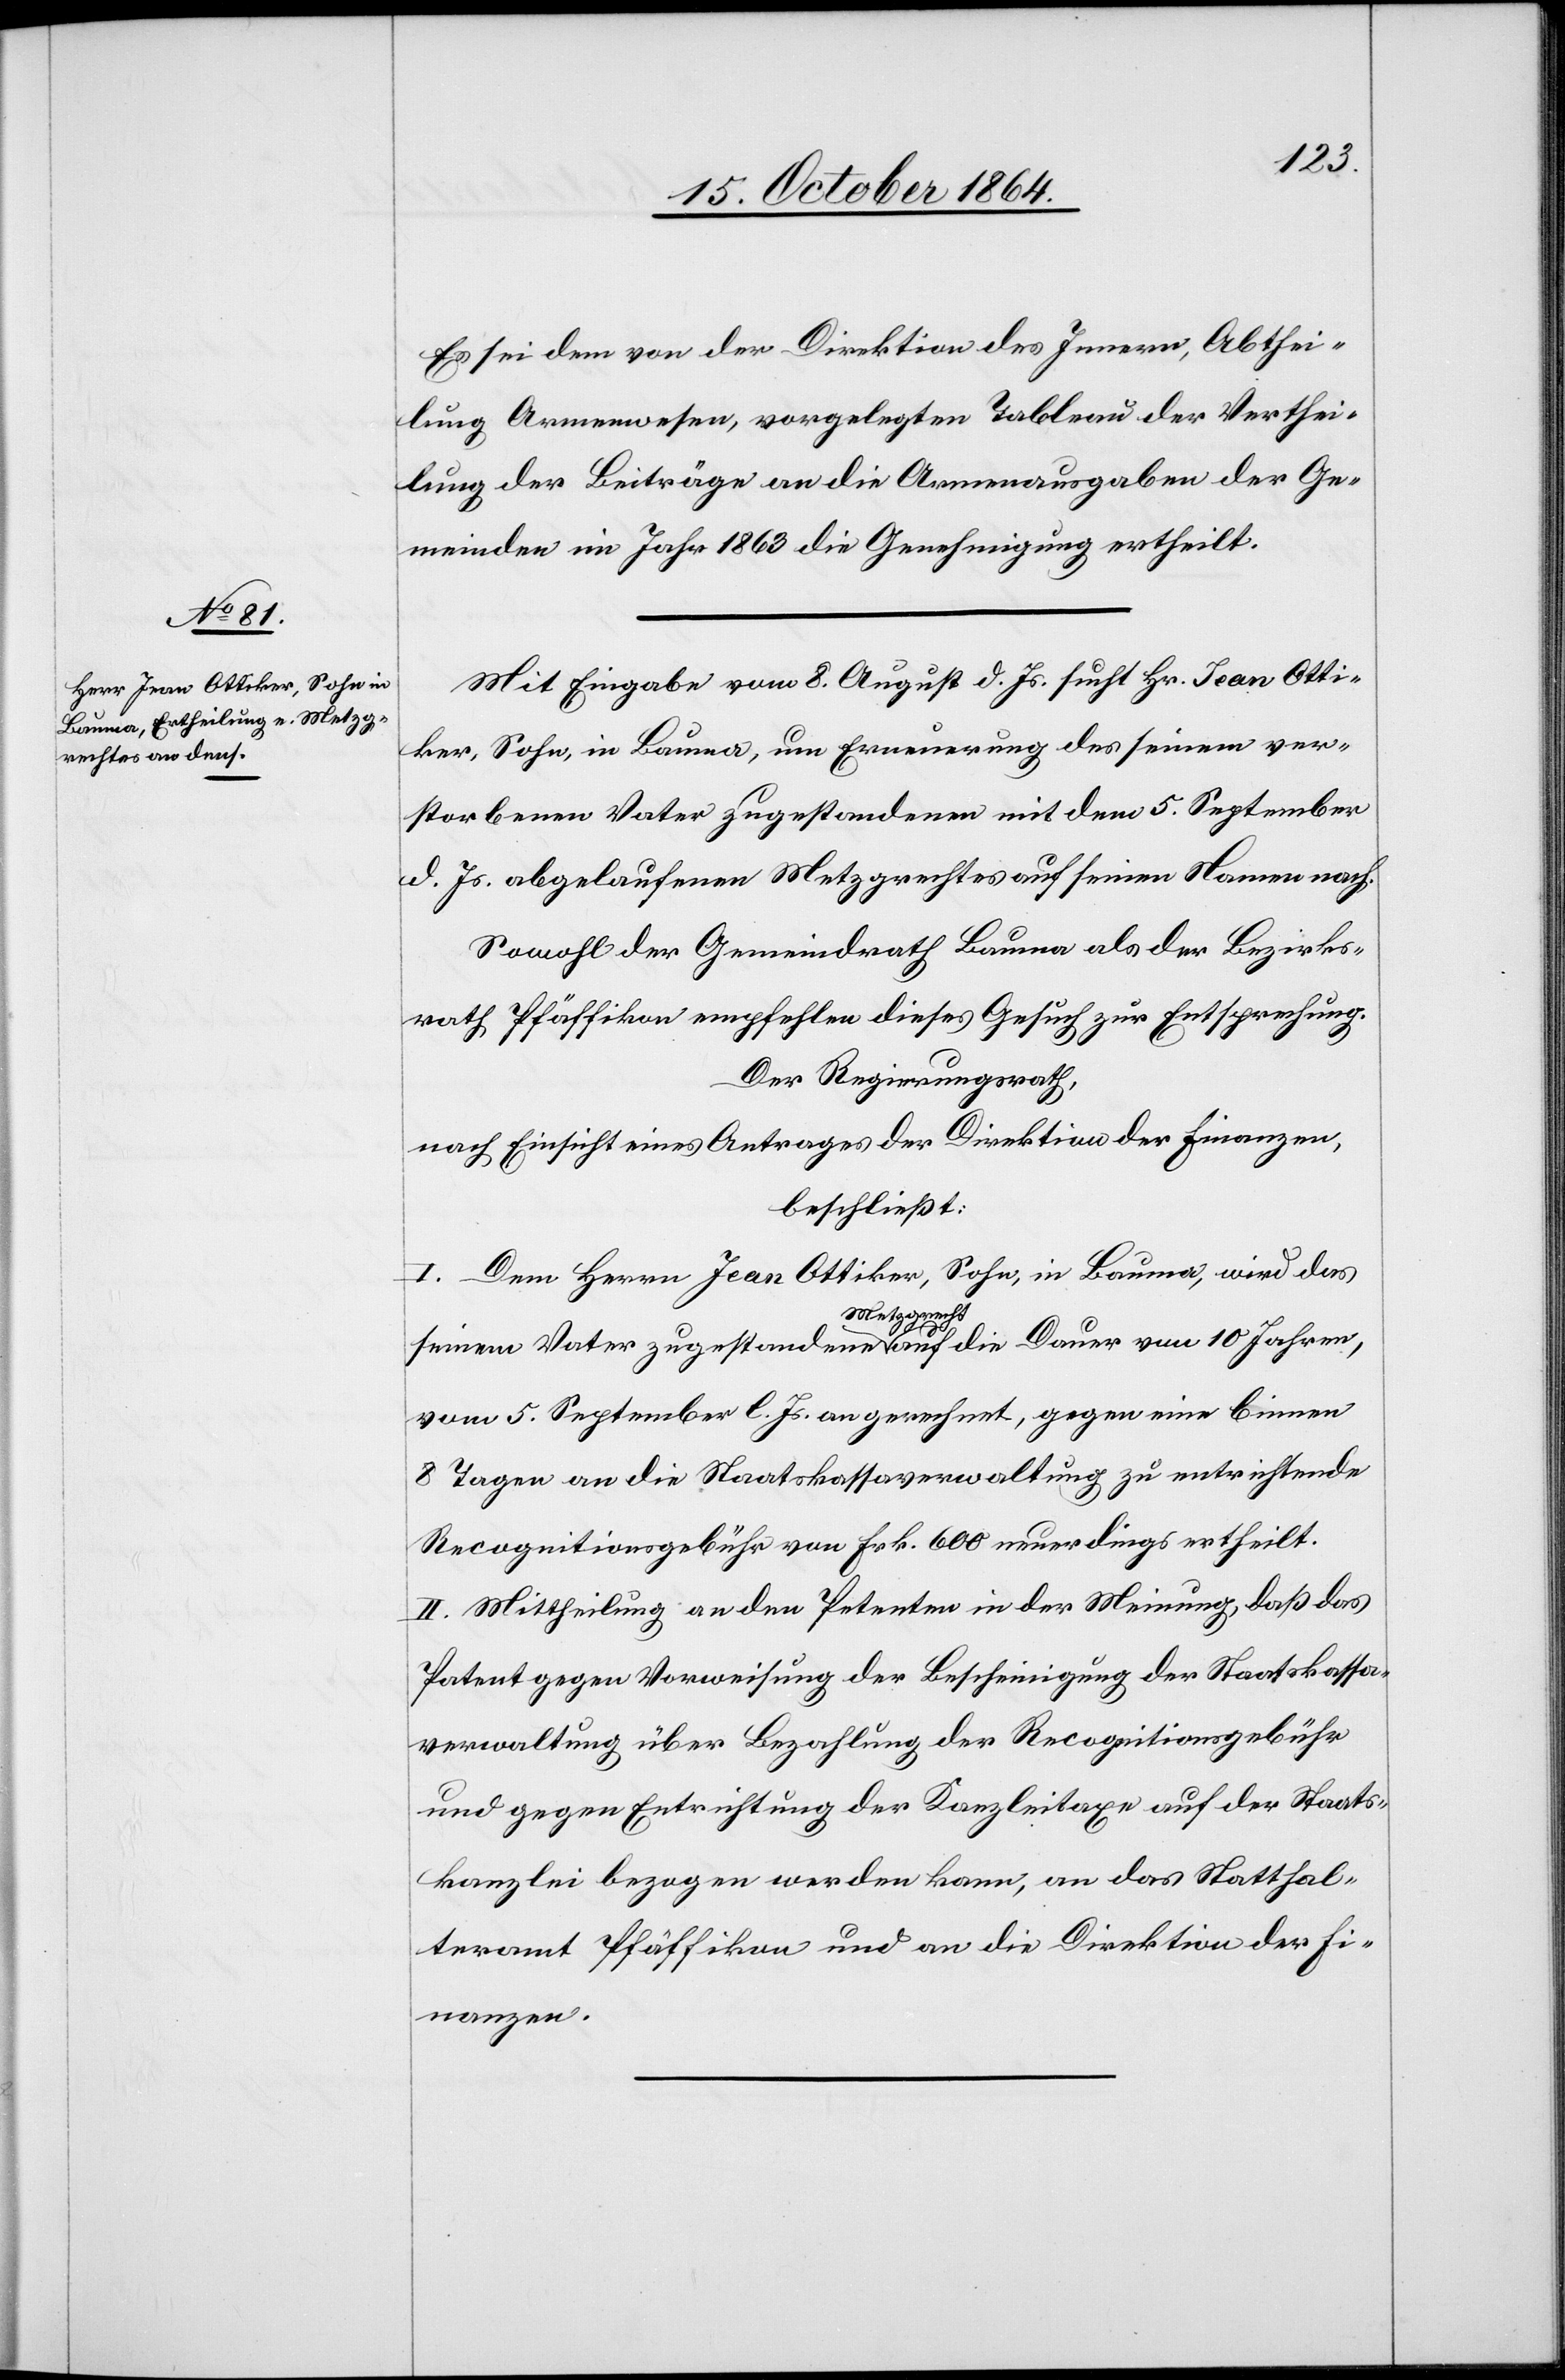
Es sei dem von der Direktion des Innern, Abthei¬
lung Armenwesen, vorgelegten Tableau der Verthei¬
lung der Beiträge an die Armenausgaben der Ge¬
meinden im Jahr 1863 die Genehmigung ertheilt.
Mit Eingabe vom 8. August d. Js. sucht Hr. Jean Otti¬
ker, Sohn, in Bauma, um Erneuerung des seinem ver¬
storbenen Vater zugestandenen mit dem 5. September
d. Js. abgelaufenen Metzgrechtes auf seinen Namen nach.
Sowohl der Gemeindrath Bauma als der Bezirks¬
rath Pfäffikon empfehlen dieses Gesuch zur Entsprechung.
Der Regierungsrath,
nach Einsicht eines Antrages der Direktion der Finanzen,
beschließt:
I. Dem Herrn Jean Ottiker, Sohn, in Bauma, wird das
seinem Vater zugestandene a Metzgrecht-a auf die Dauer von 10 Jahren,
vom 5. September l. Js. an gerechnet, gegen eine binnen
8 Tagen an die Staatskassaverwaltung zu entrichtende
Recognitionsgebühr von Frk. 600 neuerdings ertheilt.
II. Mittheilung an den Petenten in der Meinung, daß das
Patent gegen Vorweisung der Bescheinigung der Staatskassa¬
verwaltung über Bezahlung der Recognitionsgebühr
und gegen Entrichtung der Kanzleitaxe auf der Staats¬
kanzlei bezogen werden kann, an das Statthal¬
teramt Pfäffikon und an die Direktion der Fi¬
nanzen.